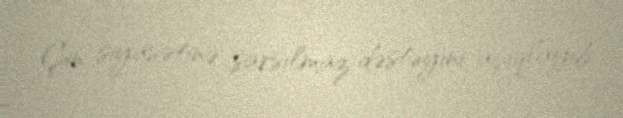
Çin siyasətinə sarsılmaz dəstəyini açıqlayıb.